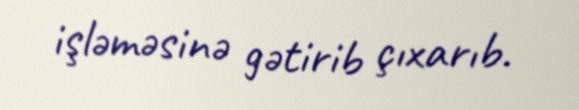
işləməsinə gətirib çıxarıb.